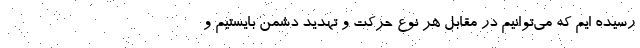
رسیده ایم که می‌توانیم در مقابل هر نوع حرکت و تهدید دشمن بایستیم و